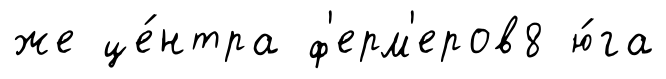
же це́нтра ф'ерм'еров8 ю́га